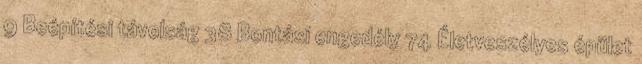
9 Beépítési távolság 38 Bontási engedély 74 Életveszélyes épület